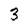
Character: 3